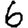
Digit: 6